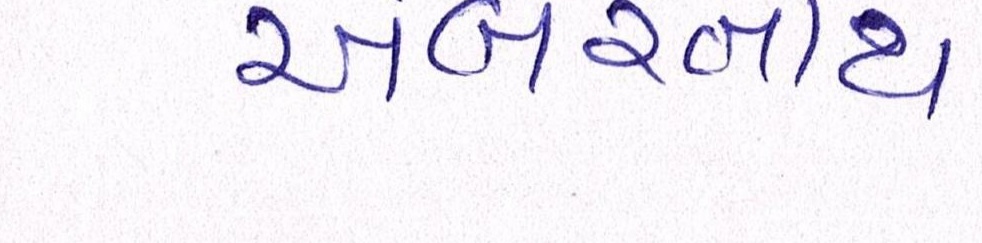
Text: અંબરનાથ